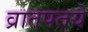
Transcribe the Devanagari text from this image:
व्रातपतये